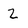
Character: 2